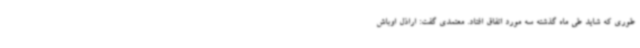
طوری که شاید طی ماه گذشته سه مورد اتفاق افتاد. معتمدی گفت: اراذل اوباش